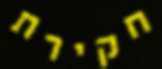
חקירת